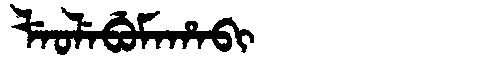
Manchu: ᠯᡝᠣᠯᡝᠪᡠᠮᠠᡥᠠᠪᡳ
Romanization: LEOLEBUMAHABI